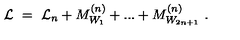
{ \cal L } \ = \ { \cal L } _ { n } + M _ { W _ { 1 } } ^ { ( n ) } + . . . + M _ { W _ { 2 n + 1 } } ^ { ( n ) } \ .